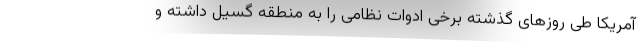
آمریکا طی روزهای گذشته برخی ادوات نظامی را به منطقه گسیل داشته و